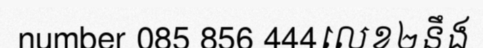
number 085 856 444លេខ២នឹង